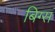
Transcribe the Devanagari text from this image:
बिग्स